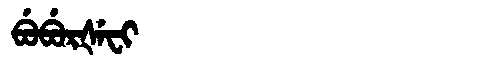
Manchu: ᠪᡠᠪᡠᡵᡧᡝᠸᡳ
Romanization: BUBURŠEFI